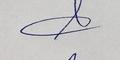
Signature authenticity: genuine